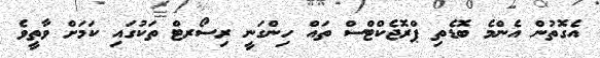
އެގޮތުން އެންމެ ބޮޑެތި ޕްރޮޖެކްޓްސް ތައް ހިންގަނީ ރިސޯރޓް ތަކުގައި ކަމަށް ވާތީވެ